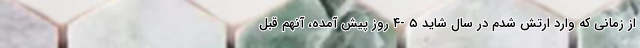
از زمانی که وارد ارتش شدم در سال شاید ۵ -۴ روز پیش آمده، آنهم قبل